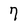
Character: 7